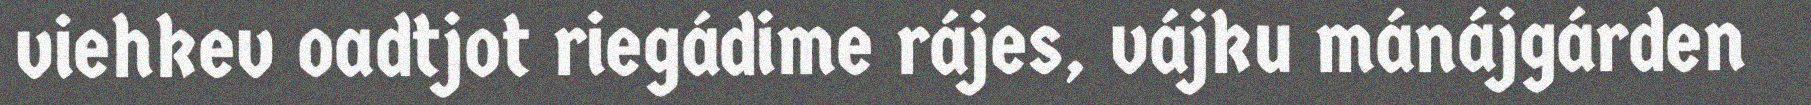
viehkev oadtjot riegádime rájes, vájku mánájgárden